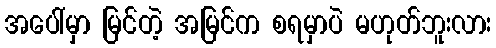
အပေါ်မှာ မြင်တဲ့ အမြင်က စရမှာပဲ မဟုတ်ဘူးလား